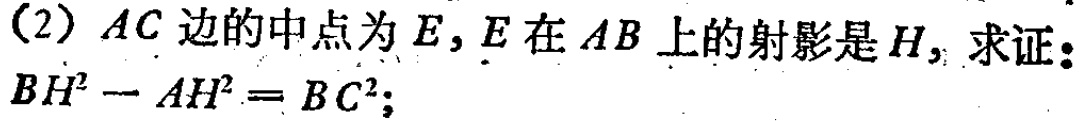
(2) \(AC\)边的中点为\(E\)，\(E\)在\(AB\)上的射影是\(H\)，求证：\(BH^{2}-AH^{2}=BC^{2}\)；